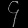
Digit: ၄